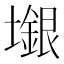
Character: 𱘎